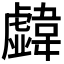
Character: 𩏣